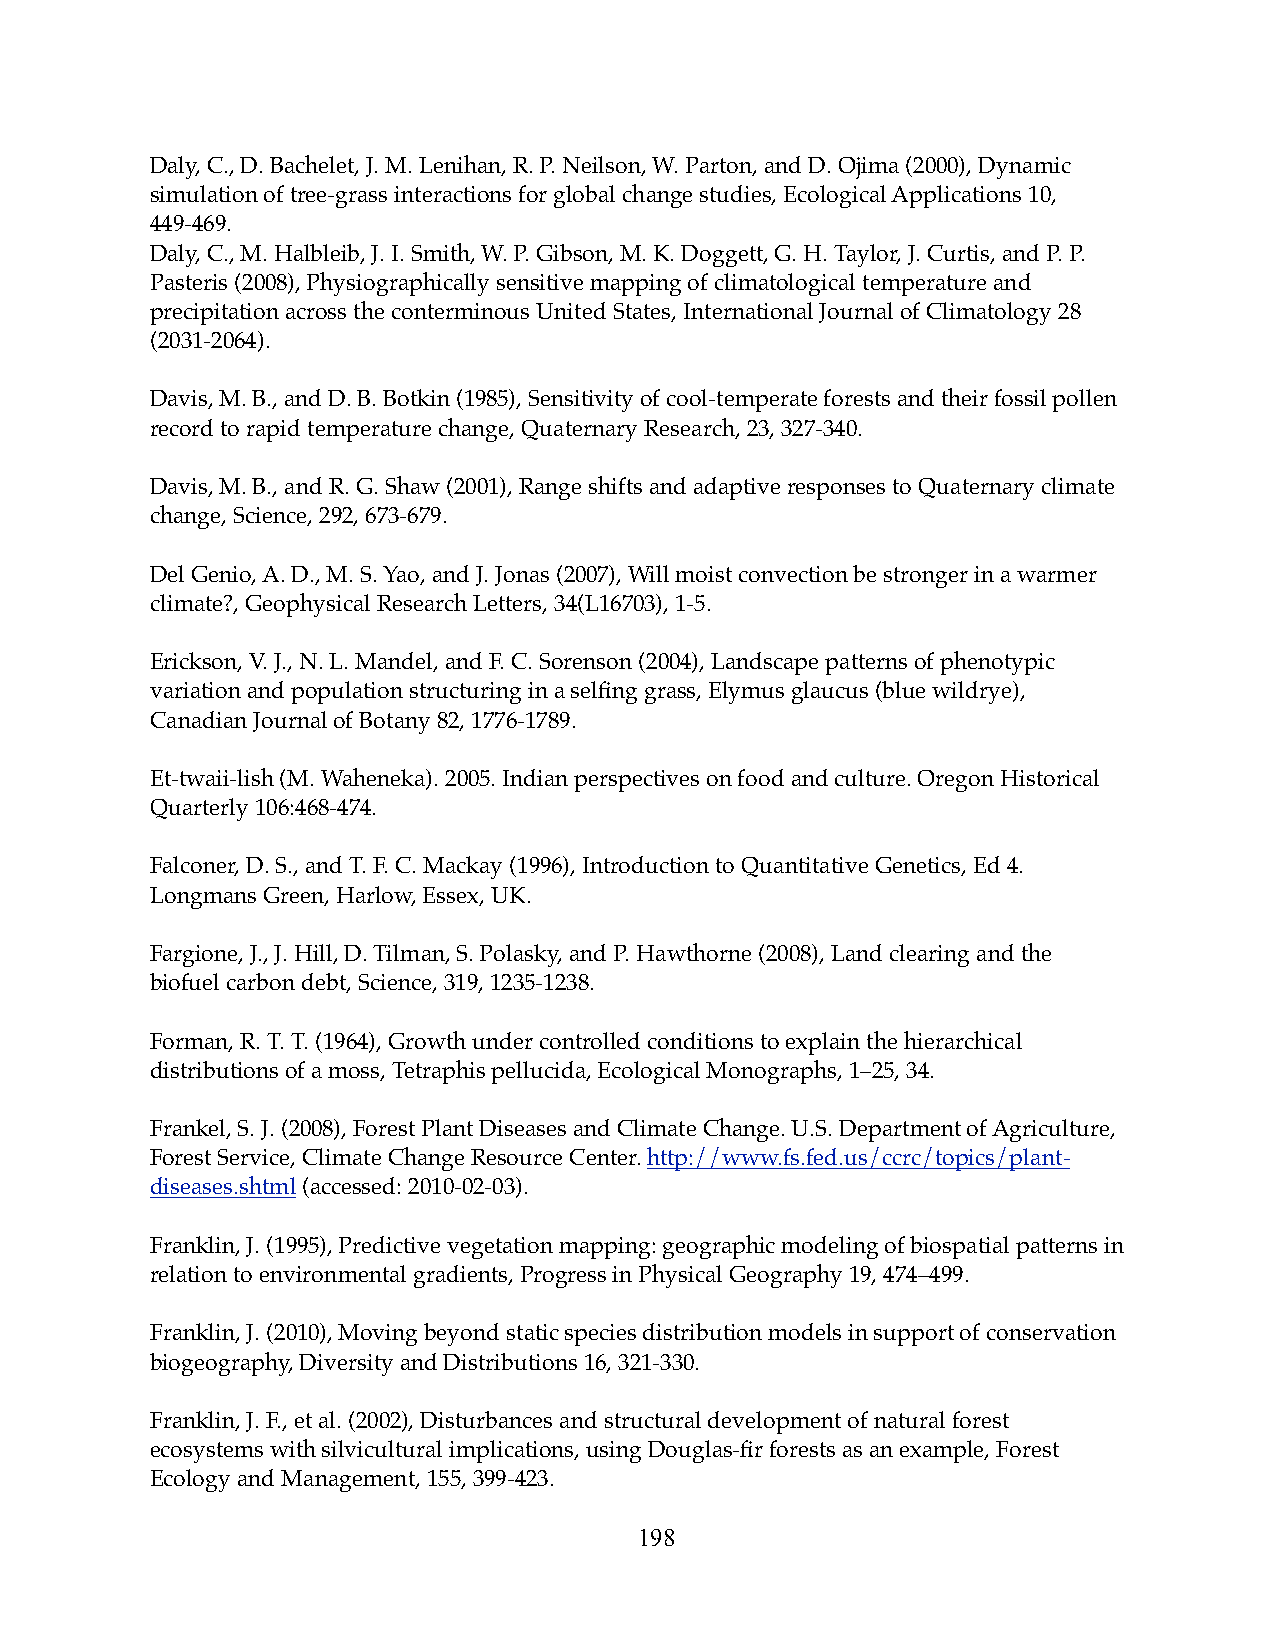
Daly, C., D. Bachelet, J. M. Lenihan, R. P. Neilson, W. Parton, and D. Ojima (2000), Dynamic
 simulation of tree-grass interactions for global change studies, Ecological Applications 10,
 449-469.
 Daly, C., M. Halbleib, J. I. Smith, W. P. Gibson, M. K. Doggett, G. H. Taylor, J. Curtis, and P. P.
 Pasteris (2008), Physiographically sensitive mapping of climatological temperature and
 precipitation across the conterminous United States, International Journal of Climatology 28
 (2031-2064).
 Davis, M. B., and D. B. Botkin (1985), Sensitivity of cool-temperate forests and their fossil pollen
 record to rapid temperature change, Quaternary Research, 23, 327-340.
 Davis, M. B., and R. G. Shaw (2001), Range shifts and adaptive responses to Quaternary climate
 change, Science, 292, 673-679.
 Del Genio, A. D., M. S. Yao, and J. Jonas (2007), Will moist convection be stronger in a warmer
 climate?, Geophysical Research Letters, 34(L16703), 1-5.
 Erickson, V. J., N. L. Mandel, and F. C. Sorenson (2004), Landscape patterns of phenotypic
 variation and population structuring in a selfing grass, Elymus glaucus (blue wildrye),
 Canadian Journal of Botany 82, 1776-1789.
 Et-twaii-lish (M. Waheneka). 2005. Indian perspectives on food and culture. Oregon Historical
 Quarterly 106:468-474.
 Falconer, D. S., and T. F. C. Mackay (1996), Introduction to Quantitative Genetics, Ed 4.
 Longmans Green, Harlow, Essex, UK.
 Fargione, J., J. Hill, D. Tilman, S. Polasky, and P. Hawthorne (2008), Land clearing and the
 biofuel carbon debt, Science, 319, 1235-1238.
 Forman, R. T. T. (1964), Growth under controlled conditions to explain the hierarchical
 distributions of a moss, Tetraphis pellucida, Ecological Monographs, 1–25, 34.
 Frankel, S. J. (2008), Forest Plant Diseases and Climate Change. U.S. Department of Agriculture,
 Forest Service, Climate Change Resource Center. http://www.fs.fed.us/ccrc/topics/plant-
 diseases.shtml (accessed: 2010-02-03).
 Franklin, J. (1995), Predictive vegetation mapping: geographic modeling of biospatial patterns in
 relation to environmental gradients, Progress in Physical Geography 19, 474–499.
 Franklin, J. (2010), Moving beyond static species distribution models in support of conservation
 biogeography, Diversity and Distributions 16, 321-330.
 Franklin, J. F., et al. (2002), Disturbances and structural development of natural forest
 ecosystems with silvicultural implications, using Douglas-fir forests as an example, Forest
 Ecology and Management, 155, 399-423.
 198